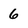
Character: 6